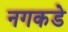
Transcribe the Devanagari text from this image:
नगकडे